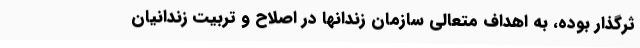
ثرگذار بوده، به اهداف متعالی سازمان زندانها در اصلاح و تربیت زندانیان